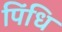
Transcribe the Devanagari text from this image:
पिंधि